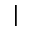
\vert